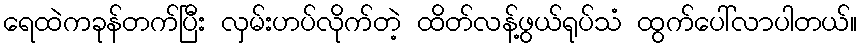
ရေထဲကခုန်တက်ပြီး လှမ်းဟပ်လိုက်တဲ့ ထိတ်လန့်ဖွယ်ရုပ်သံ ထွက်ပေါ်လာပါတယ်။